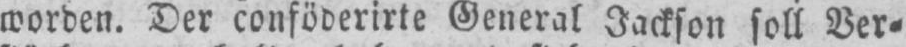
worden. Der conföderirte General Jackson soll Ver⸗